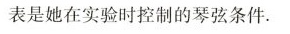
表是她在实验时控制的琴弦条件。